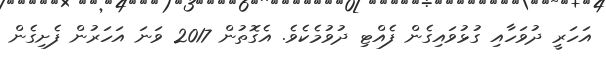
އަހަރީ ދުވަހާއި ގުޅުވައިގެން ފެއްޓި ދުވުމެކެވެ. އެގޮތުން 2017 ވަނަ އަހަރުން ފެށިގެން